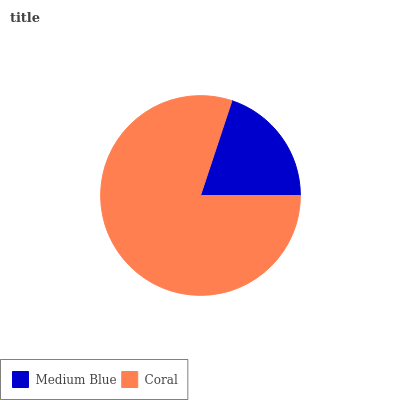
| Medium Blue | Coral |
 | --- | --- |
 | 19.9% | 80.1% |